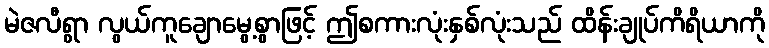
မဲဇလီရွာ လွယ်ကူချောမွေ့စွာဖြင့် ဤစကားလုံးနှစ်လုံးသည် ထိန်းချုပ်ကိရိယာကို